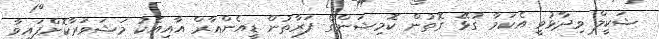
ޝަކީލް ވިދާޅުވީ އެކަމާ ގުޅޭ ގޮތުން ކޮމިޝަންގެ ފަރާތުން ޑީއެންއާރް އާއިއެކު މަޝަވަރާކޮށްފައިވާ